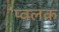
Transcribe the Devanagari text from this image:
प्वलक